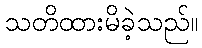
သတိထားမိခဲ့သည်။